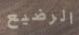
الرضيع